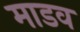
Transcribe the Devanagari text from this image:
माडव